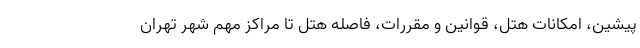
پیشین، امکانات هتل، قوانین و مقررات، فاصله هتل تا مراکز مهم شهر تهران